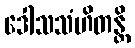
ဒေါသသံဟိတန္တိ